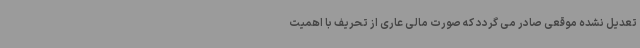
تعدیل نشده موقعی صادر می گردد که صورت مالی عاری از تحریف با اهمیت